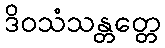
ဒိဝသံသန္တတ္တေ